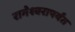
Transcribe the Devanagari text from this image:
रामेश्वरापर्यंत